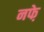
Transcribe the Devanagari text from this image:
नफे़